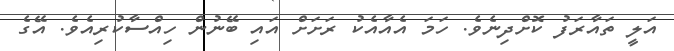
އަލީ ތައާރަފު ކޮށްދިނެވެ. ހަމަ އެއާއެކު ރަށަށް އައި ބޭނުން ހިއްސާކުރިއެވެ. އޭގެ